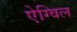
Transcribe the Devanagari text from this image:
ऐग्विल